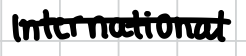
Text: International
Cross-out: single-line
Writing tool: digital_black